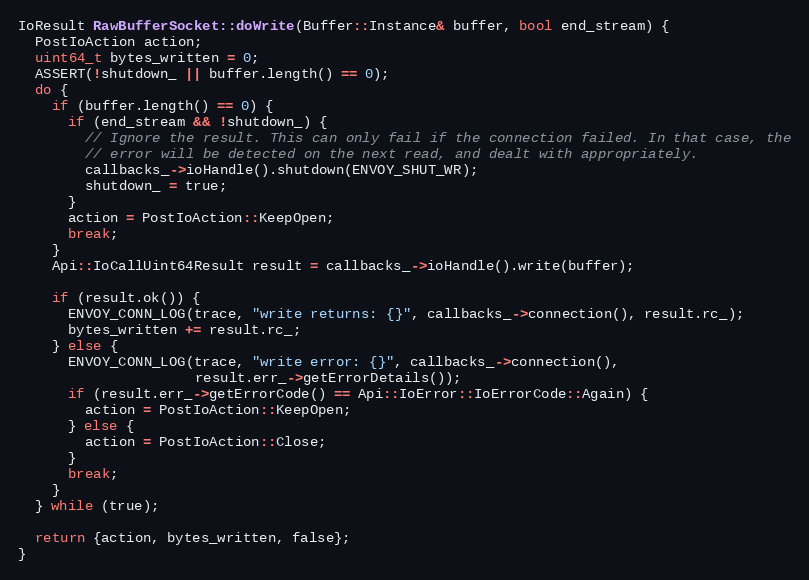
Language: C++
IoResult RawBufferSocket::doWrite(Buffer::Instance& buffer, bool end_stream) {
  PostIoAction action;
  uint64_t bytes_written = 0;
  ASSERT(!shutdown_ || buffer.length() == 0);
  do {
    if (buffer.length() == 0) {
      if (end_stream && !shutdown_) {
        // Ignore the result. This can only fail if the connection failed. In that case, the
        // error will be detected on the next read, and dealt with appropriately.
        callbacks_->ioHandle().shutdown(ENVOY_SHUT_WR);
        shutdown_ = true;
      }
      action = PostIoAction::KeepOpen;
      break;
    }
    Api::IoCallUint64Result result = callbacks_->ioHandle().write(buffer);

    if (result.ok()) {
      ENVOY_CONN_LOG(trace, "write returns: {}", callbacks_->connection(), result.rc_);
      bytes_written += result.rc_;
    } else {
      ENVOY_CONN_LOG(trace, "write error: {}", callbacks_->connection(),
                     result.err_->getErrorDetails());
      if (result.err_->getErrorCode() == Api::IoError::IoErrorCode::Again) {
        action = PostIoAction::KeepOpen;
      } else {
        action = PostIoAction::Close;
      }
      break;
    }
  } while (true);

  return {action, bytes_written, false};
}